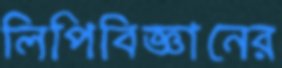
লিপিবিজ্ঞানের